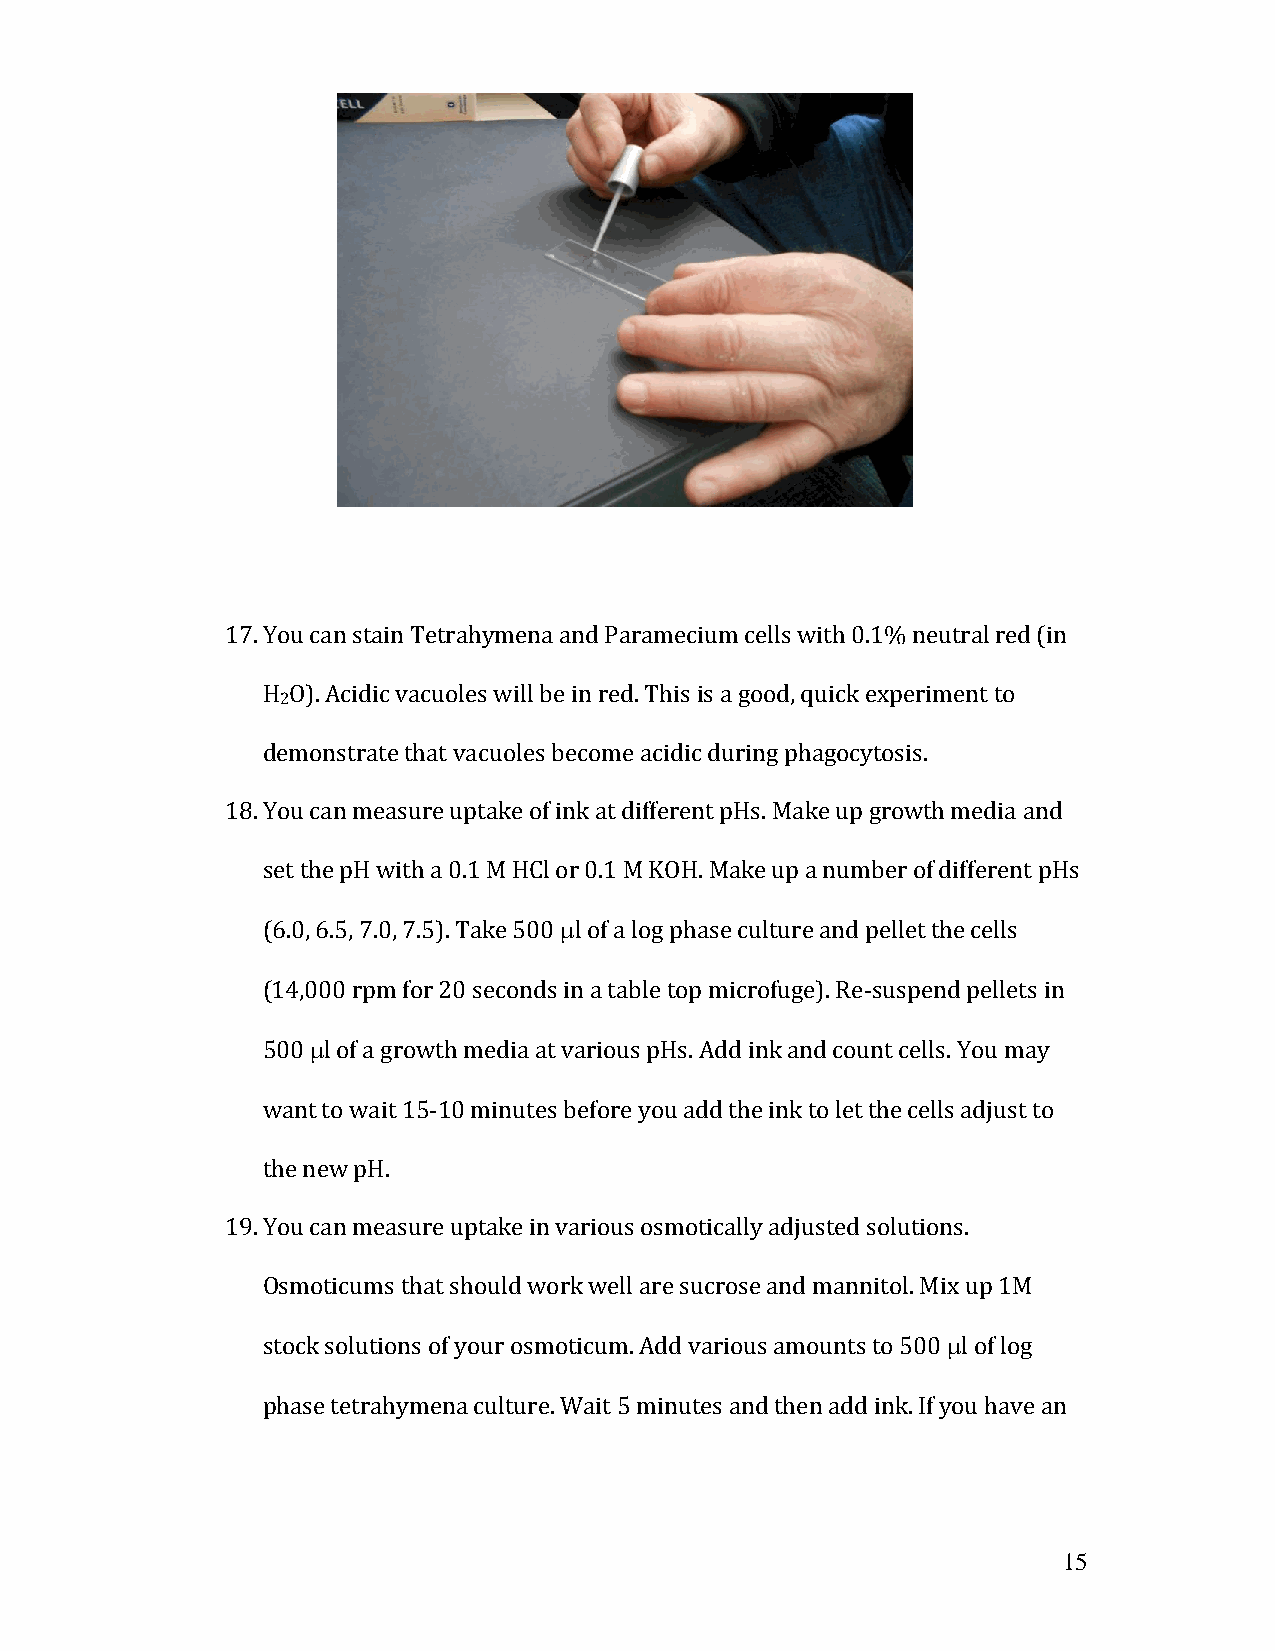
17. You can stain Tetrahymena and Paramecium cells with 0.1% neutral red (in
 H O). Acidic vacuoles will be in red. This is a good, quick experiment to
 2
 demonstrate that vacuoles become acidic during phagocytosis.
 18. You can measure uptake of ink at different pHs. Make up growth media and
 set the pH with a 0.1 M HCl or 0.1 M KOH. Make up a number of different pHs
 (6.0, 6.5, 7.0, 7.5). Take 500 l of a log phase culture and pellet the cells
 (14,000 rpm for 20 seconds in a table top microfuge). Re-suspend pellets in
 500 l of a growth media at various pHs. Add ink and count cells. You may
 want to wait 15-10 minutes before you add the ink to let the cells adjust to
 the new pH.
 19. You can measure uptake in various osmotically adjusted solutions.
 Osmoticums that should work well are sucrose and mannitol. Mix up 1M
 stock solutions of your osmoticum. Add various amounts to 500 l of log
 phase tetrahymena culture. Wait 5 minutes and then add ink. If you have an
 15